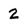
Character: 2